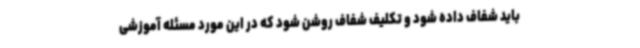
باید شفاف داده شود و تکلیف شفاف روشن شود که در این مورد مسئله آموزشی